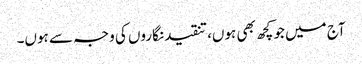
آج میں جو کچھ بھی ہوں، تنقید نگاروں کی وجہ سے ہوں۔